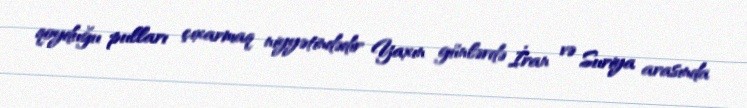
qoyduğu pulları çıxarmaq niyyətindədir Yaxın günlərdə İran və Suriya arasında